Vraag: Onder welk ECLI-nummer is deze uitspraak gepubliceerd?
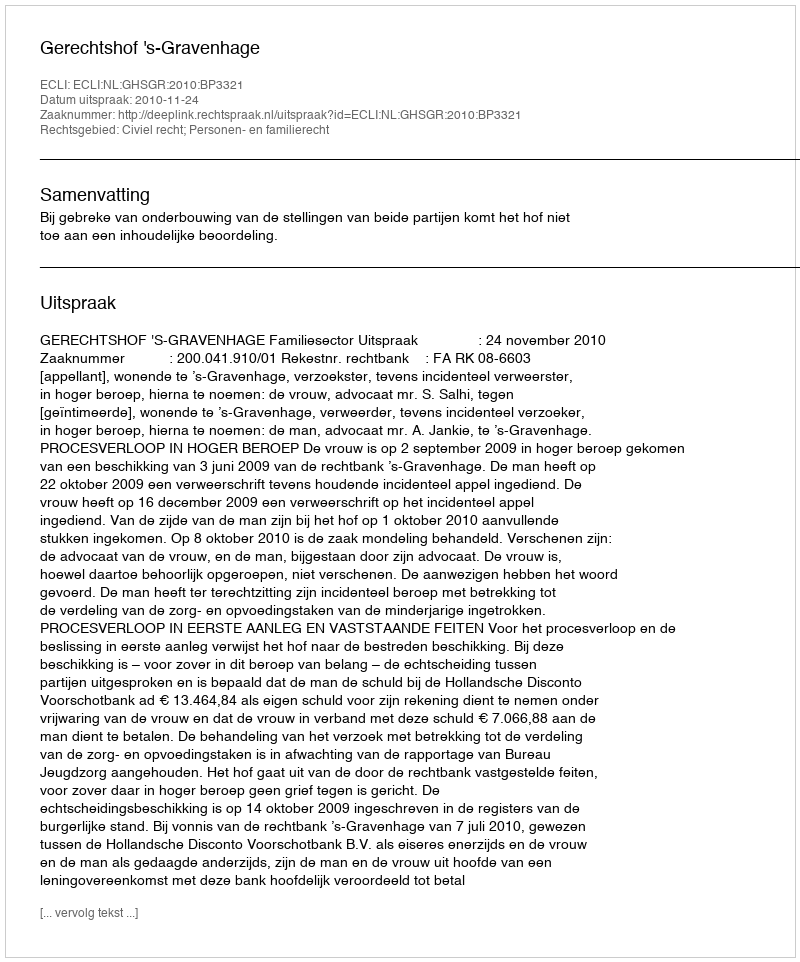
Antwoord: ECLI:NL:GHSGR:2010:BP3321